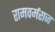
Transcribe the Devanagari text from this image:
रामवर्मराज